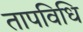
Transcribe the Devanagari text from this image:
तापविधि